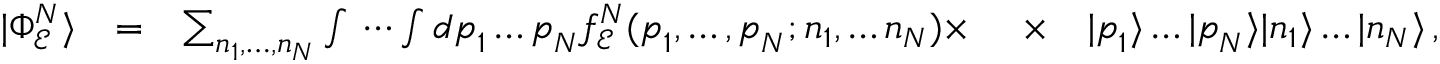
\begin{array} { r l r l r } { | \Phi _ { \mathcal E } ^ { N } \rangle } & { = } & { \sum _ { n _ { 1 } , \dots , n _ { N } } \int \, \cdots \int d \boldsymbol { p } _ { 1 } \dots \boldsymbol { p } _ { N } f _ { \mathcal E } ^ { N } ( \boldsymbol { p } _ { 1 } , \dots , \boldsymbol { p } _ { N } ; n _ { 1 } , \dots n _ { N } ) \times \ } & { \times } & { | \boldsymbol { p } _ { 1 } \rangle \dots | \boldsymbol { p } _ { N } \rangle | n _ { 1 } \rangle \dots | n _ { N } \rangle \, , } \end{array}